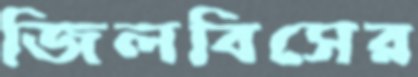
জিলবিসের